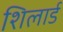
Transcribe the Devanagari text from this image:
शिलार्ड